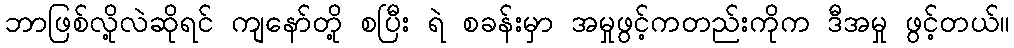
ဘာဖြစ်လို့လဲဆိုရင် ကျနော်တို့ စပြီး ရဲ စခန်းမှာ အမှုဖွင့်ကတည်းကိုက ဒီအမှု ဖွင့်တယ်။